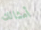
أمثالك